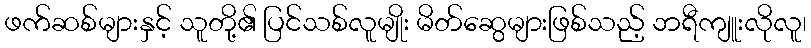
ဖက်ဆစ်များနှင့် သူတို့၏ ပြင်သစ်လူမျိုး မိတ်ဆွေများဖြစ်သည့် ဘရီကျူးလိုလူ၊